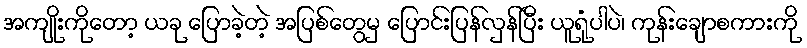
အကျိုးကိုတော့ ယခု ပြောခဲ့တဲ့ အပြစ်တွေမှ ပြောင်းပြန်လှန်ပြီး ယူရုံပါပဲ၊ ကုန်းချောစကားကို